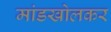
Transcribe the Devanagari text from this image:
मांडखोलकर